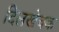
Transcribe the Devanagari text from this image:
दिलखेचक